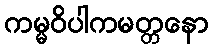
ကမ္မဝိပါကမတ္တနော